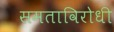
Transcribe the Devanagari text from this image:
समताविरोधी